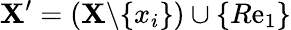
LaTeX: \mathbf{X}^{\prime}=(\mathbf{X}\backslash\{ x_{i}\} )\cup\{ R\mathrm{e}_{1}\}